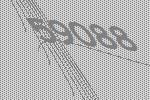
59088